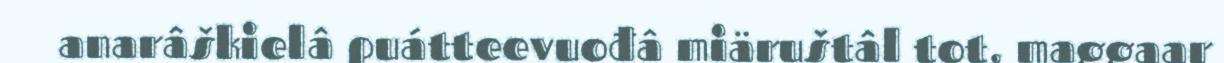
anarâškielâ puátteevuođâ miäruštâl tot, maggaar